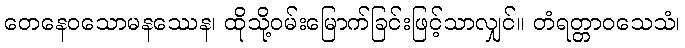
တေနေဝသောမနဿေန၊ ထိုသို့ဝမ်းမြောက်ခြင်းဖြင့်သာလျှင်။ တံရတ္တာဝသေသံ၊